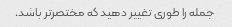
جمله را طوری تغییر دهید که مختصرتر باشد.